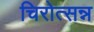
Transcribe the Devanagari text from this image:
चिरोत्सन्न